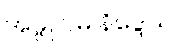
အမ္ဗူ ပမ နိဒ္ဒေသ